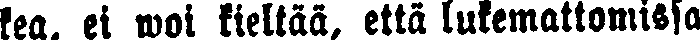
kea, ei woi kieltää, että lukemattomissa